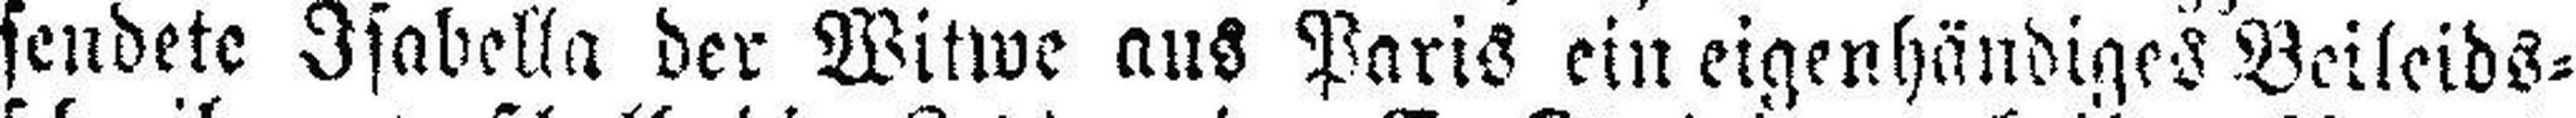
sendete Isabella der Witwe aus Paris ein eigenhändiges Beileids¬